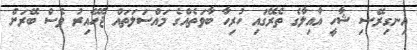
އިނގިރޭސި ޝާހީ އާއިލާގެ ތެރޭގައި ހުރިހާ ބާވަތެއްގެ މައްސަލަތައް ޖެހޭއިރު ވެސް ބޭރަށް